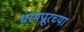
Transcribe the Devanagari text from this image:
धरमपूरच्या